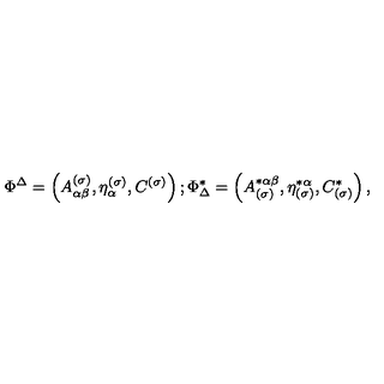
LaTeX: \Phi ^ { \Delta } = \left( A _ { \alpha \beta } ^ { ( \sigma ) } , \eta _ { \alpha } ^ { ( \sigma ) } , C ^ { ( \sigma ) } \right) ; \Phi _ { \Delta } ^ { * } = \left( A _ { ( \sigma ) } ^ { * \alpha \beta } , \eta _ { ( \sigma ) } ^ { * \alpha } , C _ { ( \sigma ) } ^ { * } \right) ,